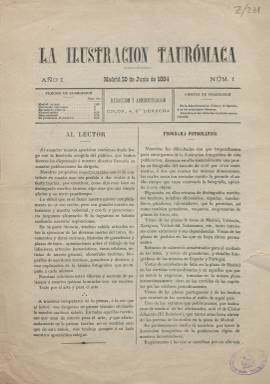
Título: La Ilustración taurómaca
Colección: Toros
Ámbito geográfico: Madrid
Lugar de publicación: Madrid
Fechas: 20/06/1884-01/08/1884

Esta publicación nace en 1884, en unos años en que la fiebre taurina alcanza su clímax, especialmente gracias a la rivalidad de dos de los mejores toreros del momento, Lagartijo y Frascuelo, que formaron en torno a ellos dos bloques irreconciliables entre los aficionados y los críticos taurinos de la prensa.

   Para competir con otros títulos, especialmente con La Lidia, que había nacido dos años antes e incluía un grabado en colores a doble página con las suertes del toreo, La Ilustración taurómaca comenzó publicando  fotografías a página entera de los matadores más destacados, así como de otros motivos taurinos.

  Lamentablemente, Las fotografías realizadas por Nicolás Caldevilla y Sevilla no han sobrevivido a las vicisitudes de la Historia y han desaparecido de la colección de la BNE, aunque sí podemos verlas en la que conserva la Biblioteca Digital de Castilla y León.  En los cinco números publicados se ofrecieron fotos de cuatro matadores, entre ellos de Frascuelo, y una imagen de los toros en el corral de la vieja plaza de toros madrileña situada en las cercanías de la Puerta de Alcalá. Las fotografías de los toreros iban acompañadas de reseñas biográficas y de un relato de los hechos más destacados de su trayectoria profesional.

   De cuatro páginas de texto editadas a dos columnas y con una periodicidad de 10 días más o menos, la publicación tenía secciones curiosas como la dedicada a comentar cómo las frases propias del lenguaje taurino habían pasado a formar parte del habla corriente para  expresar situaciones de la vida cotidiana. Así por ejemplo, las frases ‘¡Qué bien se torea desde la barrera!’ o ‘Usted descuide que le echaré un capote’.

   Su director, Leopoldo Vázquez  Rodríguez, había publicado en 1880 el ‘Vocabulario taurómaco’, “colección de las voces y frases empleadas en el arte del toreo con su explicación correspondiente”, por lo que el libro le sirvió para redactar dicha sección del periódico.

   En otras secciones se informaba de las suertes del toreo, como la de ‘Recibir y aguantar’ a la hora de entrar a matar, de los nombres  de los toros que habían destacado por sus condiciones para la lidia o por las desgracias que habían causado, así como se ofrecían datos estadísticos de la temporada de todo tipo; por ejemplo, los puyazos y banderillas que habían recibido los toros y los caballos que éstos habían matado.

   La publicación es muy útil para conocer los periódicos taurinos que se editaban en la época en España, dado que daba información sobre su fecha de aparición, su periodicidad, lugar de edición, quienes eran sus directores y otro datos.

   No se conoce la razón por la que La Ilustración taurómaca dejó de editarse después de sacar sólo cinco números, pese al éxito que cosechó con las fotografías según reconocía en sus páginas. Pero quizá la respuesta  está en la enorme competencia  que había en la Prensa taurina durante esos años.

[Descripción publicada el 7/6/2018]